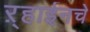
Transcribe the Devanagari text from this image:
ऱ्हाईनचे